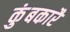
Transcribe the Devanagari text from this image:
कुंबकारै